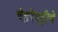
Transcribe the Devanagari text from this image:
चेहरेपट्टीचे